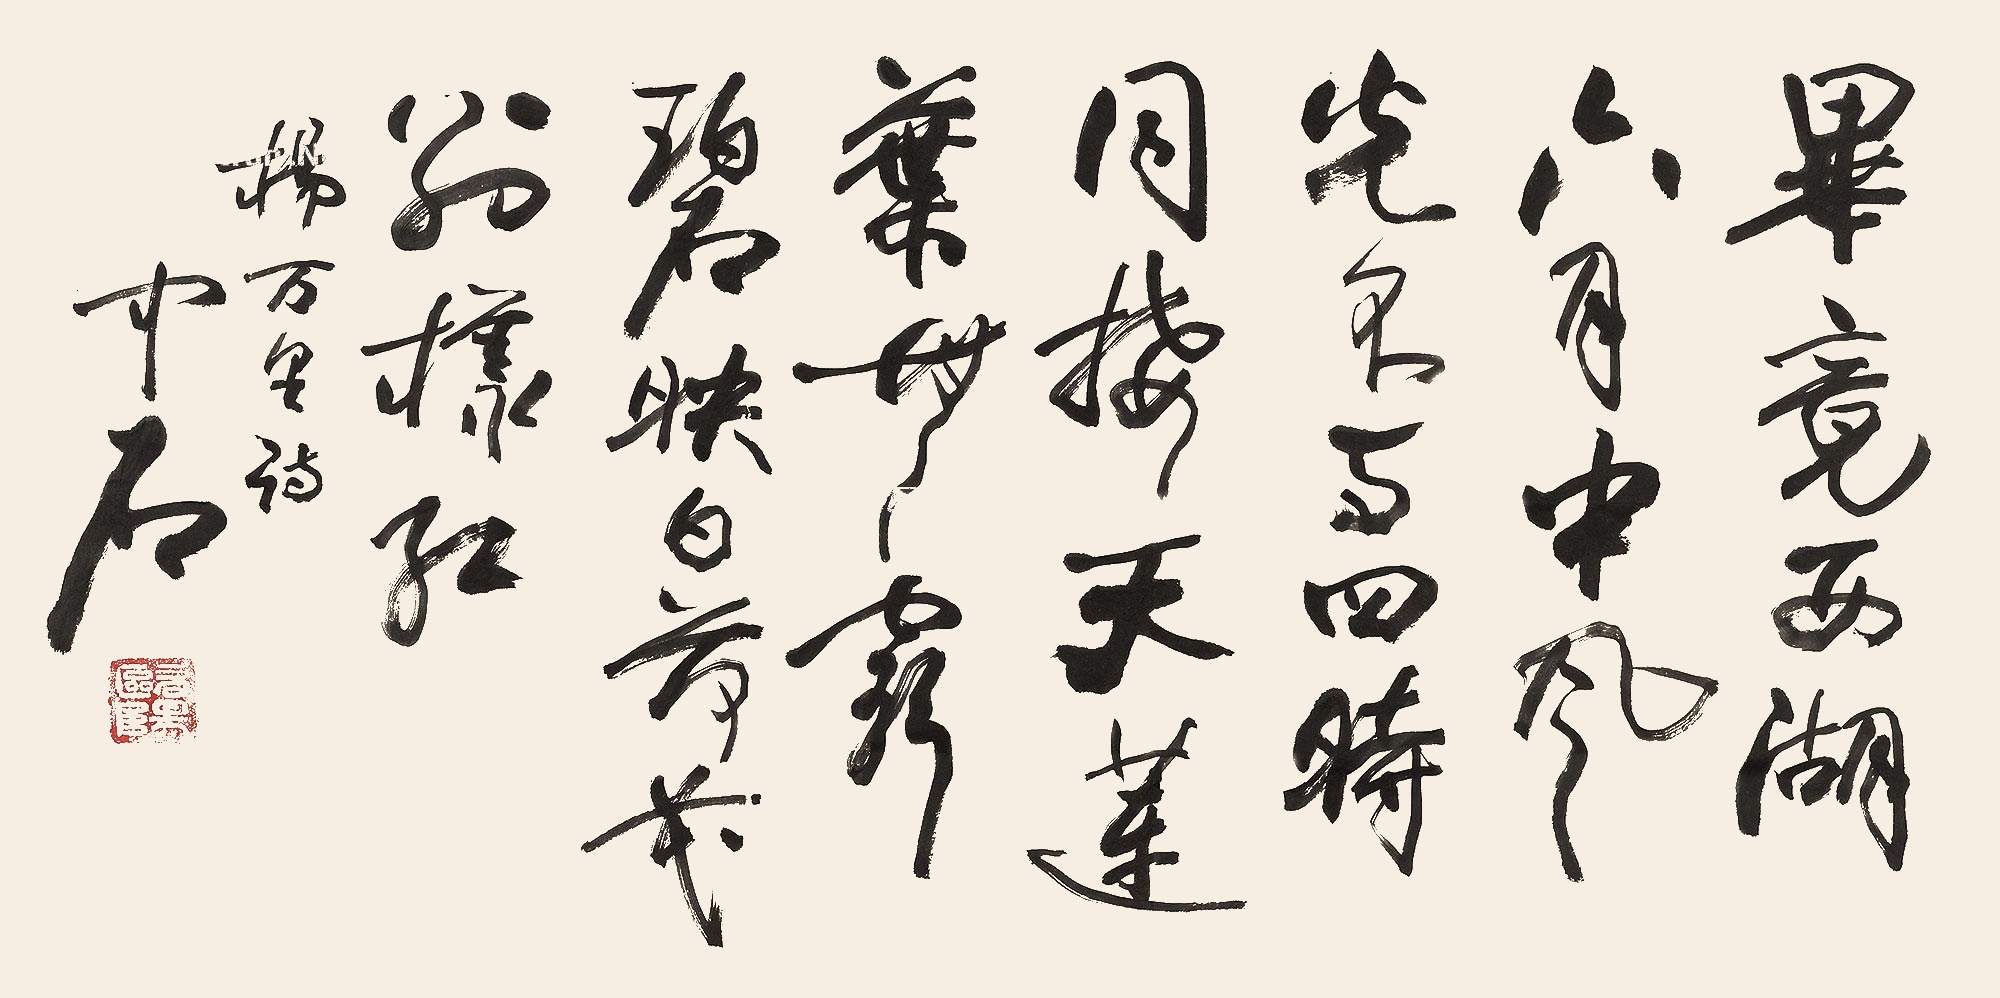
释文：毕竟西湖六月中，风光不与四时同。接天莲叶无穷碧，映日荷花别样红。杨万里诗。中石。